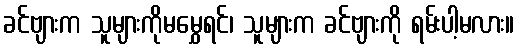
ခင်ဗျားက သူများကိုမမွှေရင်၊ သူများက ခင်ဗျားကို ရမ်းပါ့မလား။